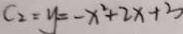
C _ { 2 } = y = - x ^ { 2 } + 2 x + 3